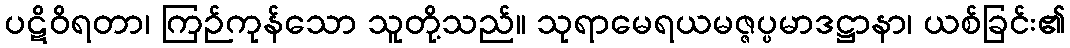
ပဋိဝိရတာ၊ ကြဉ်ကုန်သော သူတို့သည်။ သုရာမေရယမဇ္ဇပ္ပမာဒဋ္ဌာနာ၊ ယစ်ခြင်း၏